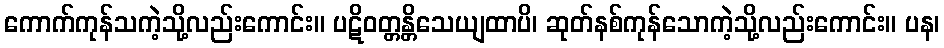
ကောက်ကုန်သကဲ့သို့လည်းကောင်း။ ပဋိဝတ္တန္တိသေယျထာပိ၊ ဆုတ်နစ်ကုန်သောကဲ့သို့လည်းကောင်း။ ပန၊